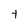
Character: Y